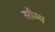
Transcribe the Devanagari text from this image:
सौम्‍य